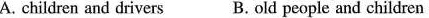
A. children and drivers B.Old people and children